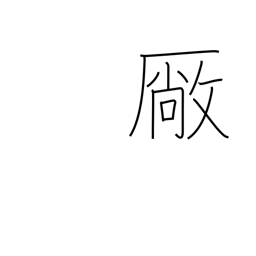
Meaning: workshop